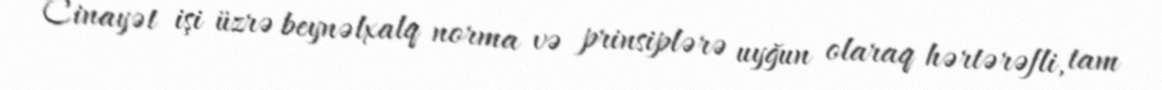
Cinayət işi üzrə beynəlxalq norma və prinsiplərə uyğun olaraq hərtərəfli, tam